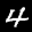
Label: 4